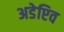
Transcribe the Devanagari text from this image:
अडेप्टिव